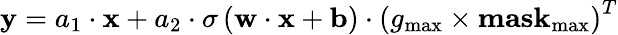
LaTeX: {\mathbf{y}}={a_{1}}\cdot{\mathbf{x}}+{a_{2}}\cdot\sigma\left({{\mathbf{w}}\cdot{\mathbf{x}}+{\mathbf{b}}}\right)\cdot{\left({{g_{\operatorname*{max}}}\times{\mathbf{mas}}{{\mathbf{k}}_{\operatorname*{max}}}}\right)^{T}}